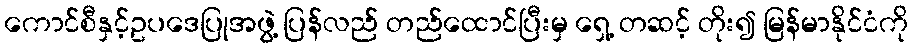
ကောင်စီနှင့်ဥပဒေပြုအဖွဲ့ ပြန်လည် တည်ထောင်ပြီးမှ ရှေ့ တဆင့် တိုး၍ မြန်မာနိုင်ငံကို